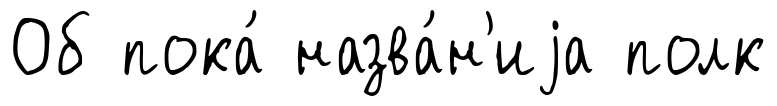
Об пока́ назва́н'иjа полк